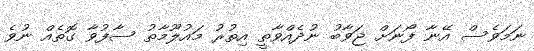
ނަމަވެސް އޭނާ ފޯނަށް ޖަވާބު ނުދެއްވާތީ އިތުރު މައުލޫމާތު ސާފުވާ ގޮތެއް ނުވެ